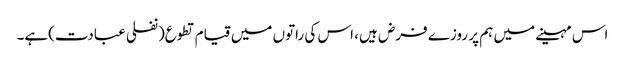
اس مہینے میں ہم پر روزے فرض ہیں، اس کی راتوں میں قیام تطوع(نفلی عبادت)ہے۔